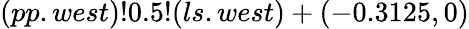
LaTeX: (pp.west)!0.5!(ls.west)+(-0.3125,0)